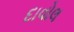
દાવોલ